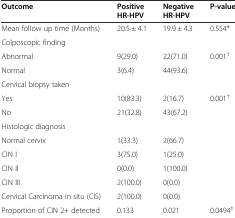
<table><thead><tr><td><b>Outcome</b></td><td><b>Positive HR-HPV</b></td><td><b>Negative HR-HPV</b></td><td><b>P-value</b></td></tr></thead><tbody><tr><td>Mean follow up time (Months)</td><td>20.5 ± 4.1</td><td>19.9 ± 4.3</td><td>0.554*</td></tr><tr><td>Colposcopic finding</td><td></td><td></td><td></td></tr><tr><td>Abnormal</td><td>9(29.0)</td><td>22(71.0)</td><td>0.001<sup>†</sup></td></tr><tr><td>Normal</td><td>3(6.4)</td><td>44(93.6)</td><td></td></tr><tr><td>Cervical biopsy taken</td><td></td><td></td><td></td></tr><tr><td>Yes</td><td>10(83.3)</td><td>2(16.7)</td><td>0.001<sup>†</sup></td></tr><tr><td>No</td><td>21(32.8)</td><td>43(67.2)</td><td></td></tr><tr><td>Histologic diagnosis</td><td></td><td></td><td></td></tr><tr><td>Normal cervix</td><td>1(33.3)</td><td>2(66.7)</td><td></td></tr><tr><td>CIN I</td><td>3(75.0)</td><td>1(25.0)</td><td></td></tr><tr><td>CIN II</td><td>0(0.0)</td><td>1(100.0)</td><td></td></tr><tr><td>CIN III</td><td>2(100.0)</td><td>0(0.0)</td><td></td></tr><tr><td>Cervical Carcinoma in situ (CIS)</td><td>2(100.0)</td><td>0(0.0)</td><td></td></tr><tr><td>Proportion of CIN 2+ detected</td><td>0.133</td><td>0.021</td><td>0.0494<sup>‡</sup></td></tr></tbody></table>